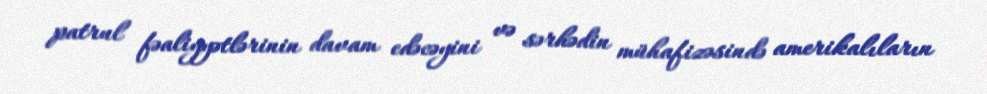
patrul fəaliyyətlərinin davam edəcəyini və sərhədin mühafizəsində amerikalıların